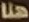
هنا